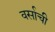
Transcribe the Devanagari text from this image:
वर्साची